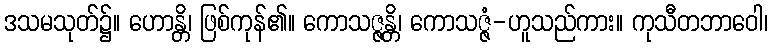
ဒသမသုတ်၌။ ဟောန္တိ၊ ဖြစ်ကုန်၏။ ကောသဇ္ဇန္တိ၊ ကောသဇ္ဇံ-ဟူသည်ကား။ ကုသီတဘာဝေါ၊